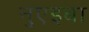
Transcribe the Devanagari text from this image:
नुएइबा